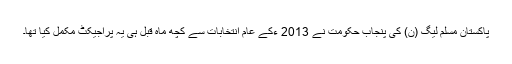
پاکستان مسلم لیگ (ن) کی پنجاب حکومت نے 2013 ءکے عام انتخابات سے کچھ ماہ قبل ہی یہ پراجیکٹ مکمل کیا تھا۔